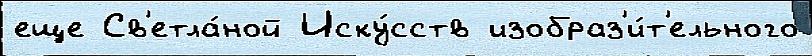
еще Св'етла́ной Иску́сств изобраз'и́т'ельного